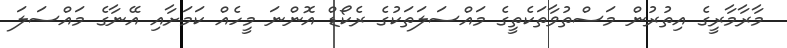
މާރާމާރީގެ އިތުރުން މަސްތުވާތަކެތީގެ މައްސަލަތަކުގެ ރެކޯޑް އޮންނަ މީހެއް ކަމަށާއި އޭނާގެ މައްސަލަ